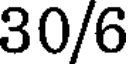
30/6